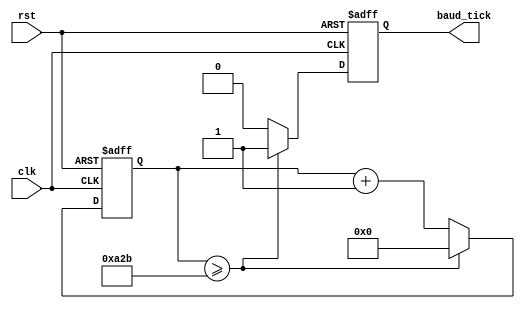

module baud_rate_generator_tx (
    input clk,// System clock signal
    input rst, // Asynchronous reset signal, active high.
    output reg baud_tick// Tick signal that indicates when to shift data.
);
    reg [11:0] count; // 12-bit counter for maximum count of 4095

    always @(posedge clk or posedge rst) begin
        if (rst) begin
            count <= 0;
            baud_tick <= 0;
        end else begin
            if (count >= 2603) begin // Adjust based on clock and baud rate
                count <= 0;
                baud_tick <= 1;
            end else begin
                count <= count + 1;
                baud_tick <= 0;
            end
        end
    end
endmodule